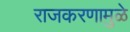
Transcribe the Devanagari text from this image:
राजकरणामुळे